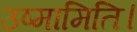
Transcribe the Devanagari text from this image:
उष्मामिति।